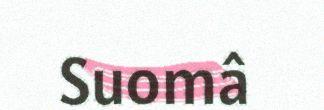
Suomâ